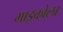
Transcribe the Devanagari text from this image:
माइकोला